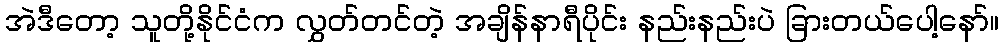
အဲဒီတော့ သူတို့နိုင်ငံက လွှတ်တင်တဲ့ အချိန်နာရီပိုင်း နည်းနည်းပဲ ခြားတယ်ပေါ့နော်။